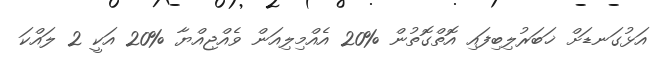
އަޅުގަނޑަށް ޚަބަރުލިބިފައި އޮތްގޮތުން %20 އެއްމިލިއަން ވެއްޖިއްޔާ %20 އަކީ 2 ލައްކަ